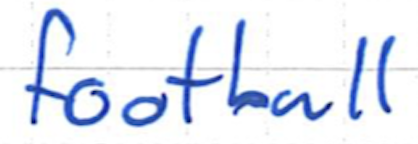
Text: football
Cross-out: clean
Writing tool: ballpoint